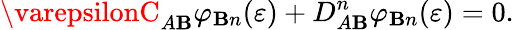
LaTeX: \varepsilonC_{A\mathbf{B}}\varphi_{\mathbf{B}n}(\varepsilon)+D_{A\mathbf{B}}^{n}\varphi_{\mathbf{B}n}(\varepsilon)=0.